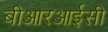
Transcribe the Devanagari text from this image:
बीआरआईसी